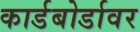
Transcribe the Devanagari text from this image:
कार्डबोर्डावर